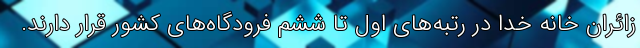
زائران خانه خدا در رتبه‌های اول تا ششم فرودگاه‌های کشور قرار دارند.